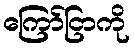
ကြော်ငြာကို